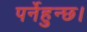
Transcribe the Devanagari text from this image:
पर्नेहुन्छ।